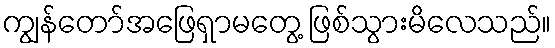
ကျွန်တော်အဖြေရှာမတွေ့ ဖြစ်သွားမိလေသည်။